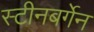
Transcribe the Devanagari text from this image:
स्टीनबर्गेन